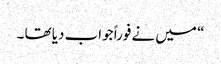
“ میں نے فوراً جواب دیا تھا ۔